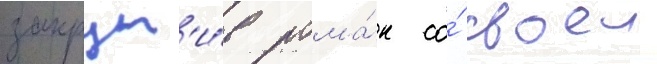
закрут'и́в рома́н со́ своеи